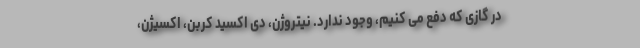
در گازی که دفع می کنیم، وجود ندارد. نیتروژن، دی اکسید کربن، اکسیژن،